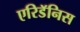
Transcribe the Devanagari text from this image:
एरिडॅनिस